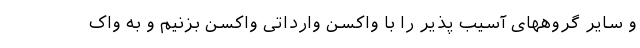
و سایر گروههای آسیب پذیر را با واکسن وارداتی واکسن بزنیم و به واک